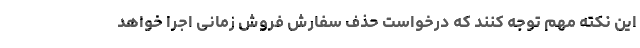
این نکته مهم توجه کنند که درخواست حذف سفارش فروش زمانی اجرا خواهد